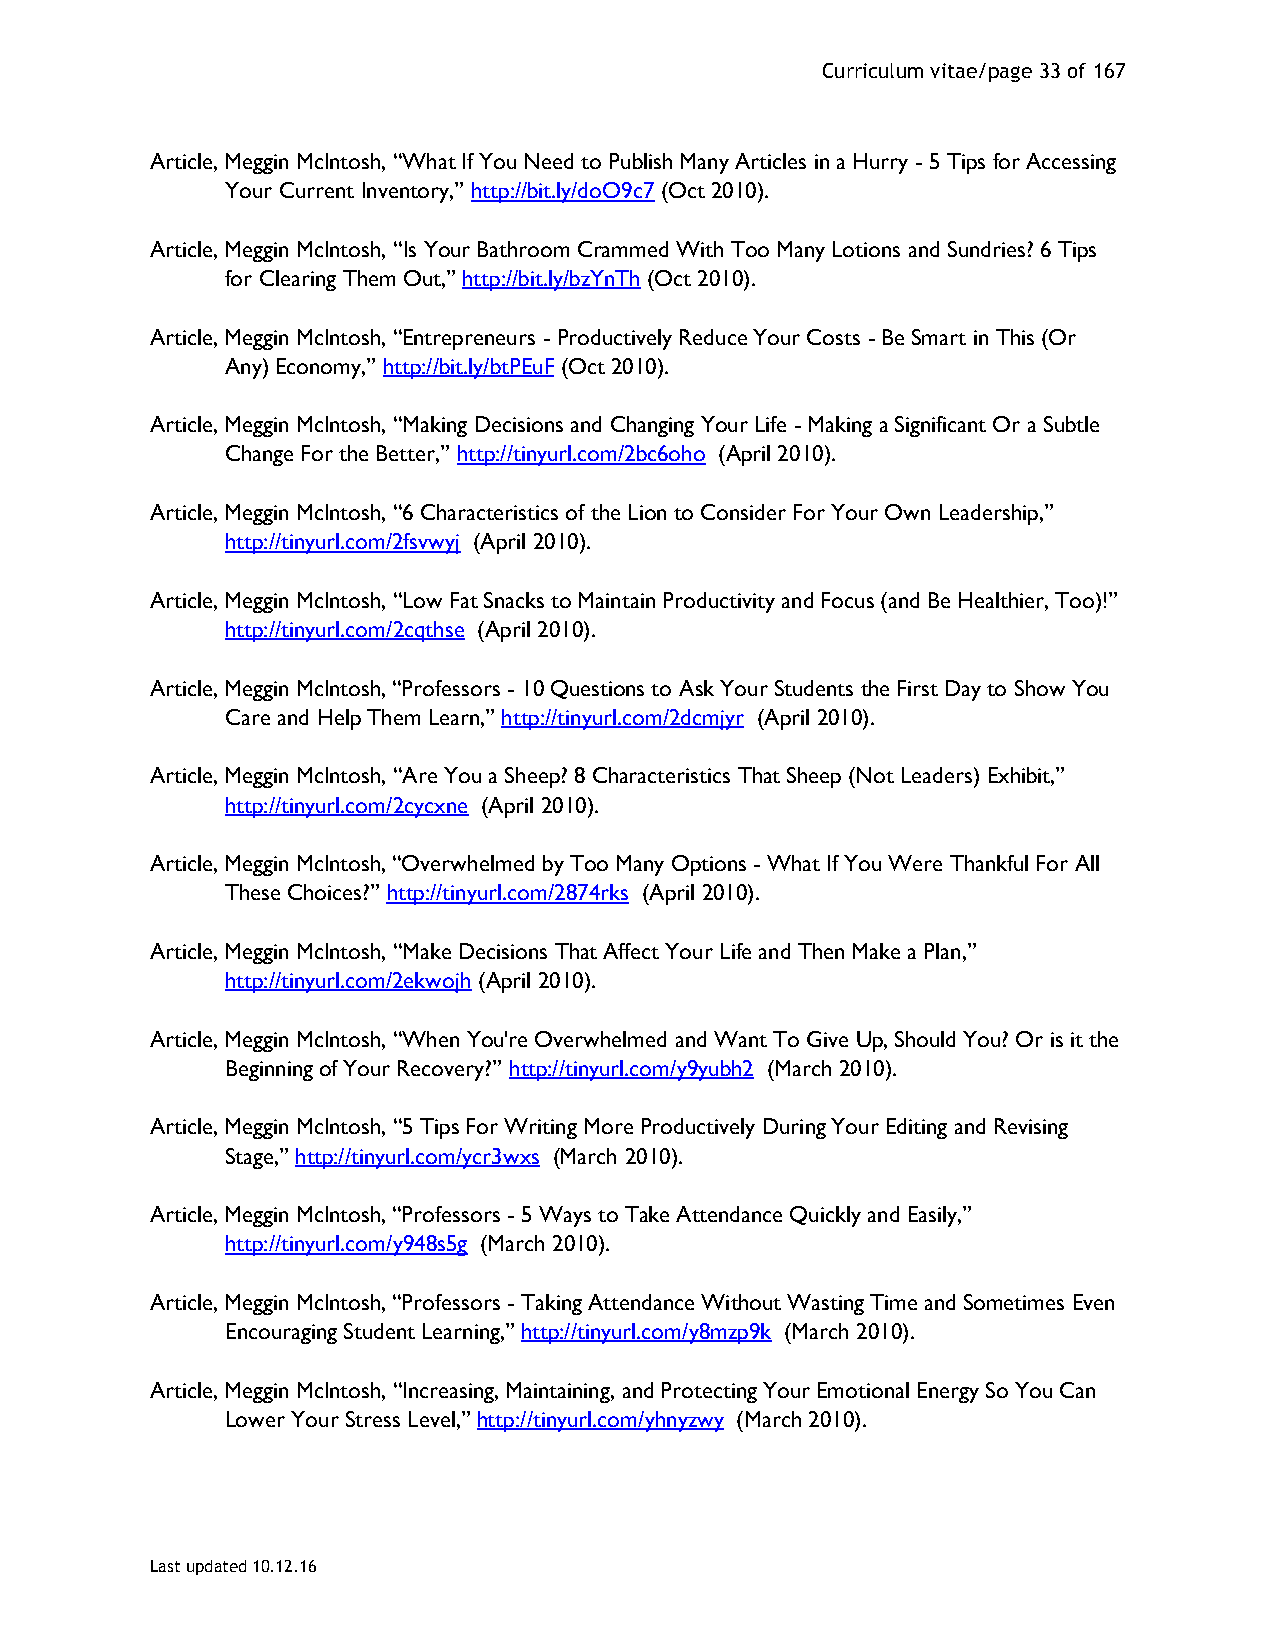
Curriculum vitae/page 33 of 167
 Article, Meggin McIntosh, “What If You Need to Publish Many Articles in a Hurry - 5 Tips for Accessing
 Your Current Inventory,” http://bit.ly/doO9c7 (Oct 2010).
 Article, Meggin McIntosh, “Is Your Bathroom Crammed With Too Many Lotions and Sundries? 6 Tips
 for Clearing Them Out,” http://bit.ly/bzYnTh (Oct 2010).
 Article, Meggin McIntosh, “Entrepreneurs - Productively Reduce Your Costs - Be Smart in This (Or
 Any) Economy,” http://bit.ly/btPEuF (Oct 2010).
 Article, Meggin McIntosh, “Making Decisions and Changing Your Life - Making a Significant Or a Subtle
 Change For the Better,” http://tinyurl.com/2bc6oho (April 2010).
 Article, Meggin McIntosh, “6 Characteristics of the Lion to Consider For Your Own Leadership,”
 http://tinyurl.com/2fsvwyj (April 2010).
 Article, Meggin McIntosh, “Low Fat Snacks to Maintain Productivity and Focus (and Be Healthier, Too)!”
 http://tinyurl.com/2cqthse (April 2010).
 Article, Meggin McIntosh, “Professors - 10 Questions to Ask Your Students the First Day to Show You
 Care and Help Them Learn,” http://tinyurl.com/2dcmjyr (April 2010).
 Article, Meggin McIntosh, “Are You a Sheep? 8 Characteristics That Sheep (Not Leaders) Exhibit,”
 http://tinyurl.com/2cycxne (April 2010).
 Article, Meggin McIntosh, “Overwhelmed by Too Many Options - What If You Were Thankful For All
 These Choices?” http://tinyurl.com/2874rks (April 2010).
 Article, Meggin McIntosh, “Make Decisions That Affect Your Life and Then Make a Plan,”
 http://tinyurl.com/2ekwojh (April 2010).
 Article, Meggin McIntosh, “When You're Overwhelmed and Want To Give Up, Should You? Or is it the
 Beginning of Your Recovery?” http://tinyurl.com/y9yubh2 (March 2010).
 Article, Meggin McIntosh, “5 Tips For Writing More Productively During Your Editing and Revising
 Stage,” http://tinyurl.com/ycr3wxs (March 2010).
 Article, Meggin McIntosh, “Professors - 5 Ways to Take Attendance Quickly and Easily,”
 http://tinyurl.com/y948s5g (March 2010).
 Article, Meggin McIntosh, “Professors - Taking Attendance Without Wasting Time and Sometimes Even
 Encouraging Student Learning,” http://tinyurl.com/y8mzp9k (March 2010).
 Article, Meggin McIntosh, “Increasing, Maintaining, and Protecting Your Emotional Energy So You Can
 Lower Your Stress Level,” http://tinyurl.com/yhnyzwy (March 2010).
 Last updated 10.12.16